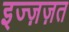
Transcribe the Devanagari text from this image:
इज्ज़ज़त